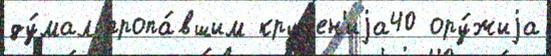
ду́мал пропа́вшим крушен'иjа40 ору́жиjа